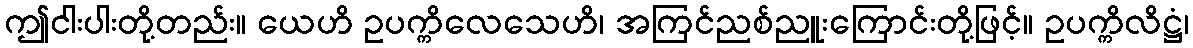
ဤငါးပါးတို့တည်း။ ယေဟိ ဥပက္ကိလေသေဟိ၊ အကြင်ညစ်ညူးကြောင်းတို့ဖြင့်။ ဥပက္ကိလိဋ္ဌံ၊